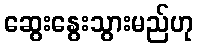
ဆွေးနွေးသွားမည်ဟု